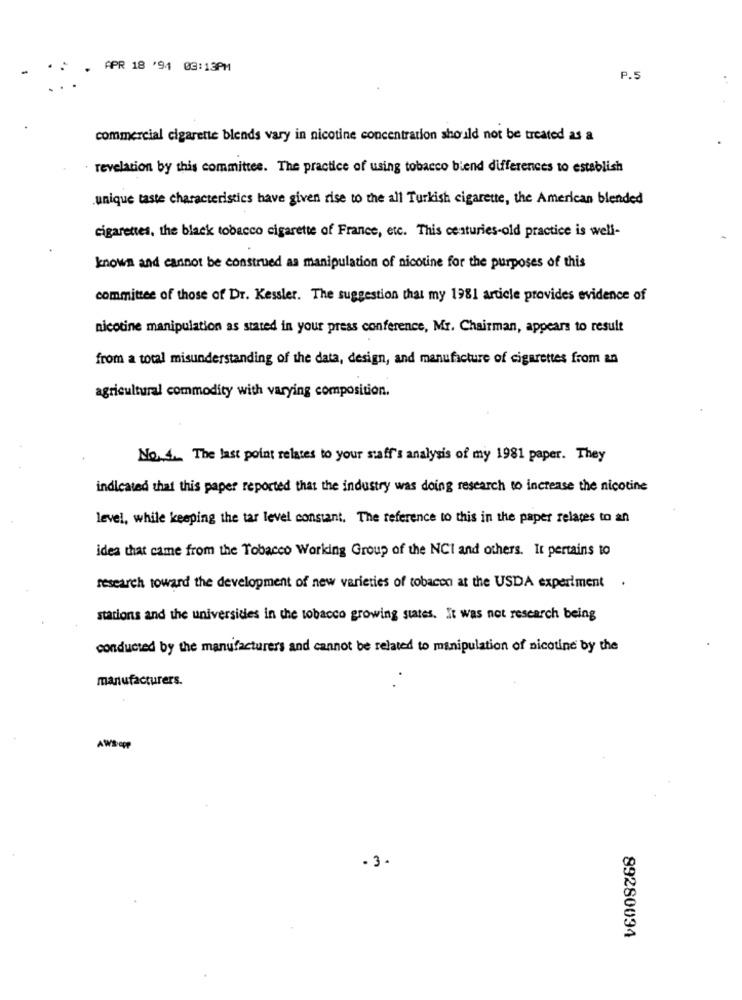
APR 18 '94 03:13PM
P.5
commercial cigarette blends vary in nicotine concentration should not be treated as a
revelation by this committee. The practice of using tobacco biend differences to establish
unique taste characteristics have given rise to the all Turkish cigarette, the American blended
cigarettes, the black tobacco cigarette of France, etc. This centuries-old practice is well-
known and cannot be construed as manipulation of nicotine for the purposes of this
committee of those of Dr. Kessler. The suggestion that my 1981 article provides evidence of
nicotine manipulation as stated in your press conference, Mr. Chairman, appears to result
from a total misunderstanding of the data, design, and manufacture of cigarettes from an
agricultural commodity with varying composition.
No.4. The last point relates to your staff's analysis of my 1981 paper. They
indicated that this paper reported that the industry was doing research to increase the nicotine
level, while keeping the tar level constant. The reference to this in the paper relates to an
idea that came from the Tobacco Working Group of the NCI and others. It pertains to
research toward the development of new varieties of tobacon at the USDA experiment
stations and the universides in the tobacco growing states. It was not research being
conducted by the manufacturers and cannot be related to manipulation of nicotine by the
manufacturers.
AWS OPP
·3.
89280034